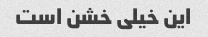
این خیلی خشن است